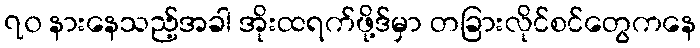
၇၀ နားနေသည့်အခါ အိုးထရက်ဖို့ဒ်မှာ တခြားလိုင်စင်တွေကနေ